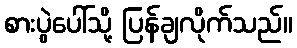
စားပွဲပေါ်သို့ ပြန်ချလိုက်သည်။